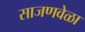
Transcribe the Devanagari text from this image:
साजणवेळा